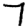
Digit: 7